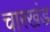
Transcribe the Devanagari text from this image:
चारखंड